Paatsalu_vallavalitsus, lk 35
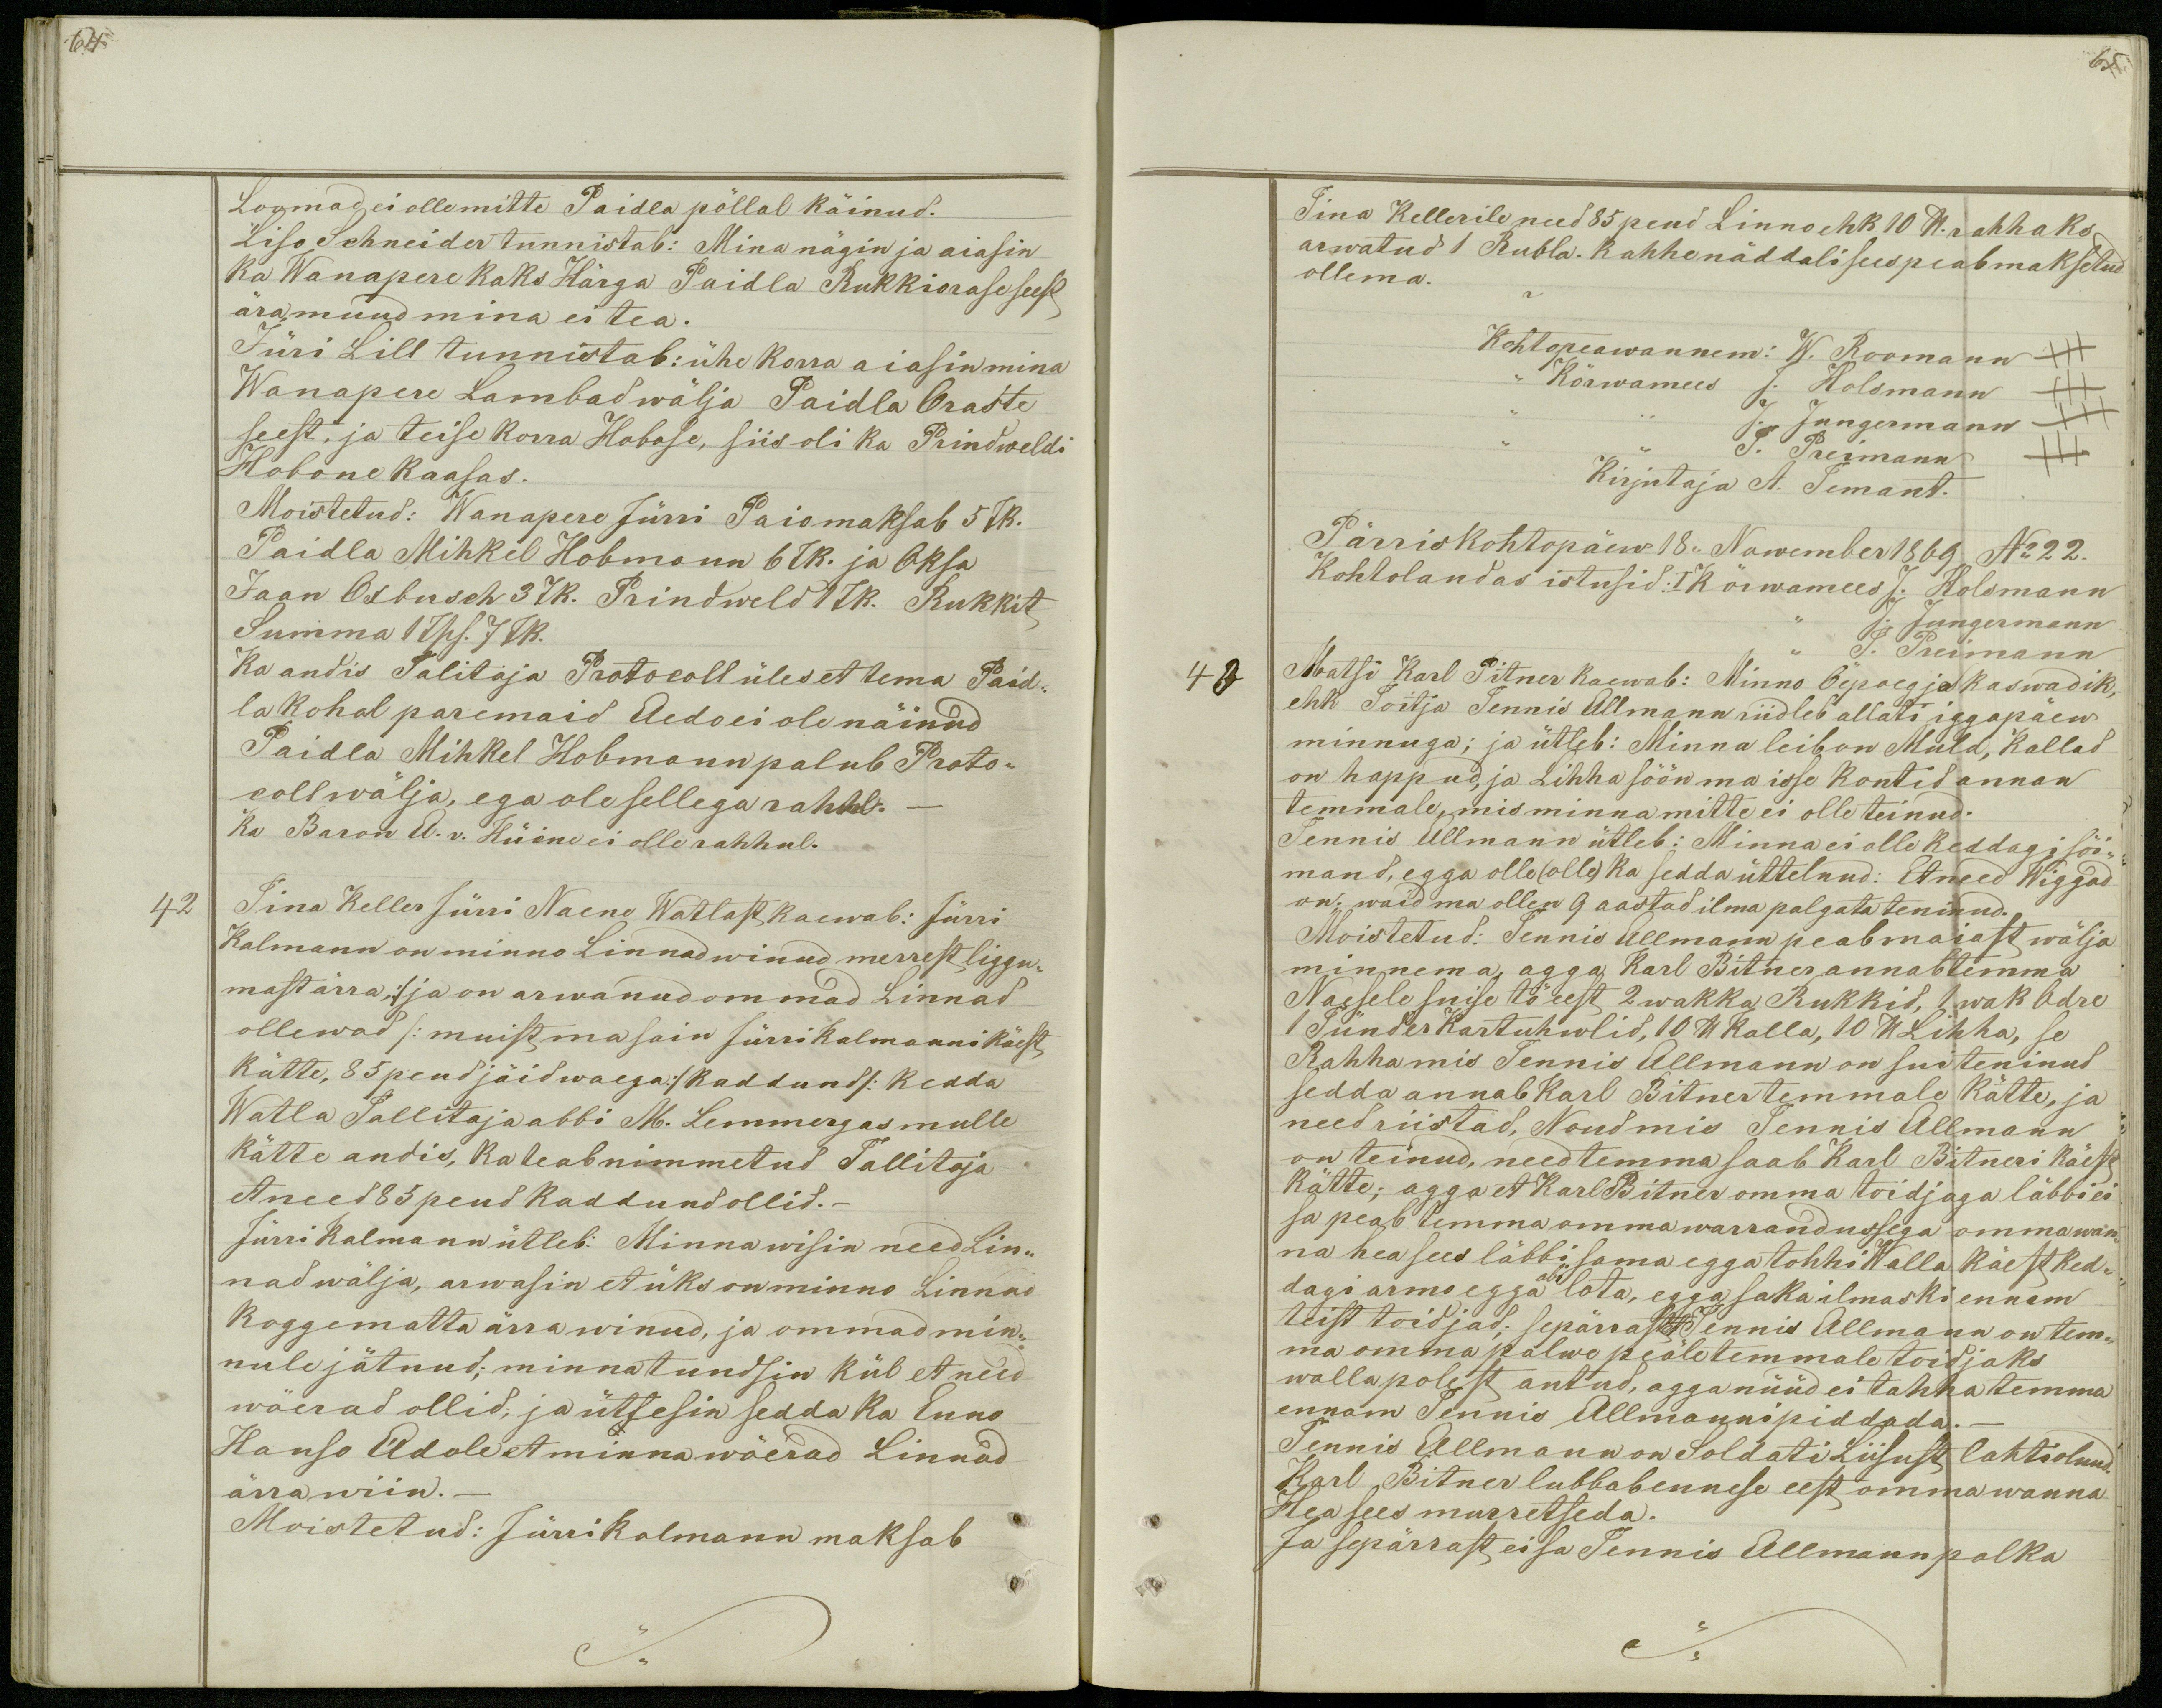
64

65

Loomad ei olle mitte Paidla põllal käinud.
Liso Schneider tunnistab: Mina nägin ja aiasin
ka Wanapere kaks Härga Paidla Rukkiorase seest
ära, muud mina ei tea.
Jüri Lill tunnistab: ühe korra aiasin mina
Wanapere Lambad wälja Paidla Oraste
seest, ja teise korra Hobose, siis oli ka Prindweldi
Hobone kаasas.
Moistetud: Wanapere Jürri Pais maksab 5 Tk.
Paidla Mihkel Hobmann 6 Tk. ja Oksa
Jaan Oxbusch 3 Tk. Prindweld 1 Tk. Rukkit
Summa 1 Tsh. 7 Tk.
Ka andis Talitaja Protocoll üles et tema Paid-
la kohal paremaid Aedo ei ole näinud
Paidla Mihkel Hobmann palub Proto-
coll wälja, ega ole sellega rahhul._
Ka Baron A. v. Hüüne ei olle rahhul.
42
Tina Keller Jürri Naene Watlast kaewab: Jürri
Kalmann on minno Linnad winud merrest liggu-
mast ärra; /ja on arwanud ommad Linnad
ollewad/: muist ma sain Jürri Kalmanni käest
kätte, 85 peud jäid waega :/kaddund/: Kedda
Watla Tallitaja abbi M. Lemmergas mulle
kätte andis, ka teab nimmetud Tallitaja
et need 85 peud kaddund ollid._
Jürri Kalmann ütleb: Minna wisin need Lin-
nad wälja, arwasin et üks on minno Linnad
koggematta ärra winud, ja ommad min-
nule jätnud; minna tundsin kül et need
wõerad ollid, ja ütlesin sedda ka Enno
Hanso Adole et minna wõerad Linnad
ärra wiin._
Moistetud: Jüri Kalmann maksab

Tina Kellerile need 85 peud Linno ehk 10 lb rahhaks
arwatud 1 Rubla. Kahhe näddali sees peab maksetud
ollema.
Kohtopeawannem: W. Roomann +++
,, Kõrwamees J. Holsmann +++
J. Jungermann +++
J. Preimann +++
Kirjutaja A. Temant.
Pärriskohtopäew 18. Nowember 1869 No 22.
Kohtolaudas istusid: I Kõrwamees J. Holsmann
J.  Jungermann
J. Preimann
43
Matsi Karl Pitner kaewab: Minno Õepoeg ja kaswadik,
ehk Toitja Tennis Allmann riidleb allati iggapäew
minnuga; ja ütleb: Minnu leib on Muld, kallad
on happud, ja Lihha söön ma isse kontid annan
temmale, mis minna mitte ei olle teinud.
Tennis Allmann ütleb: Minna ei olle keddagi sõi-
mand, egga olle (olle) ka sedda üttelnud: Et need Wiggad
on; waid ma ollen 9 aastad ilma palgata teninud.
Moistetud: Tennis Allmann peab maiast wälja
minnema, agga Karl Bitner annab temma
Naesele suise tö eest 2 wakka Rukkid, 1 wak Odre
1 Tünder Kartuhwlid, 10 lb Kalla, 10 lb Lihha, se
Rahha mis Tennis Allmann on sui teninud
sedda annab Karl Bitner temmale kätte, ja
need riistad, Noud mis Tennis Allmann
on teinud, need temma saab Karl Bitneri käest
kätte; agga et Karl Bitner omma toidjaga läbbi ei
sa peab temma omma warrandussega omma wan-
na hea sees läbbi sama egga tohhi Walla käest ked-
abi
dagi armo egga lota, egga sa ka ilmaski ennam
teist toidjad; sepärrast et Tennis Allmann on tem-
ma omma palwe peäle temmale toidjaks
walla polest antud, agga nüüd ei tahha temma
ennam Tennis Allmanni piddada._
Tennis Allmann on Soldati Liisust lahti olnud.
Karl Bitner lubbab ennese eest omma wanna
Hea sees murretseda.
Ja sepärrast ei sa Tennis Allmann palka